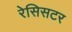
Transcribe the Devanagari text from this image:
रेसिसटर